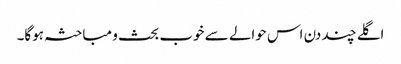
اگلے چند دن اس حوالے سے خوب بحث و مباحثہ ہوگا۔